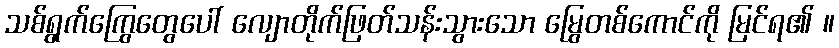
သစ်ရွက်ကြွေတွေပေါ် လျောတိုက်ဖြတ်သန်းသွားသော မြွေတစ်ကောင်ကို မြင်ရ၏ ။